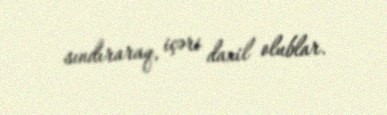
sındıraraq, içəri daxil olublar.